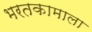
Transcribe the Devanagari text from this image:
भरतकामाला